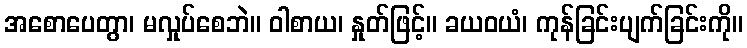
အစောပေတွာ၊ မလှုပ်စေဘဲ။ ဝါစာယ၊ နှုတ်ဖြင့်။ ခယဝယံ၊ ကုန်ခြင်းပျက်ခြင်းကို။